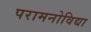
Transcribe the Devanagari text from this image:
परामनोविद्या